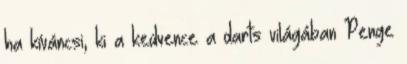
ha kíváncsi, ki a kedvence a darts világában Penge